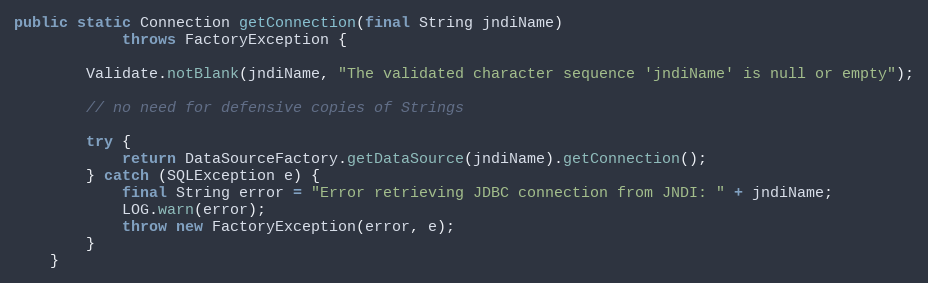
Language: Java
public static Connection getConnection(final String jndiName)
            throws FactoryException {

        Validate.notBlank(jndiName, "The validated character sequence 'jndiName' is null or empty");

        // no need for defensive copies of Strings

        try {
            return DataSourceFactory.getDataSource(jndiName).getConnection();
        } catch (SQLException e) {
            final String error = "Error retrieving JDBC connection from JNDI: " + jndiName;
            LOG.warn(error);
            throw new FactoryException(error, e);
        }
    }